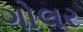
ગોલર